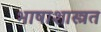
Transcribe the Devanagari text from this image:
भाषाशास्त्रत